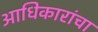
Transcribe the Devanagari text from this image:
आधिकारांचा